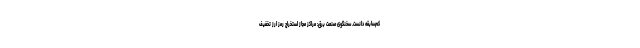
کم‌سابقه دانست. سخنگوی صنعت برق: مراکز مجاز استخراج رمز ارز تخفیف